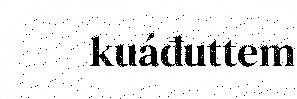
kuáđuttem